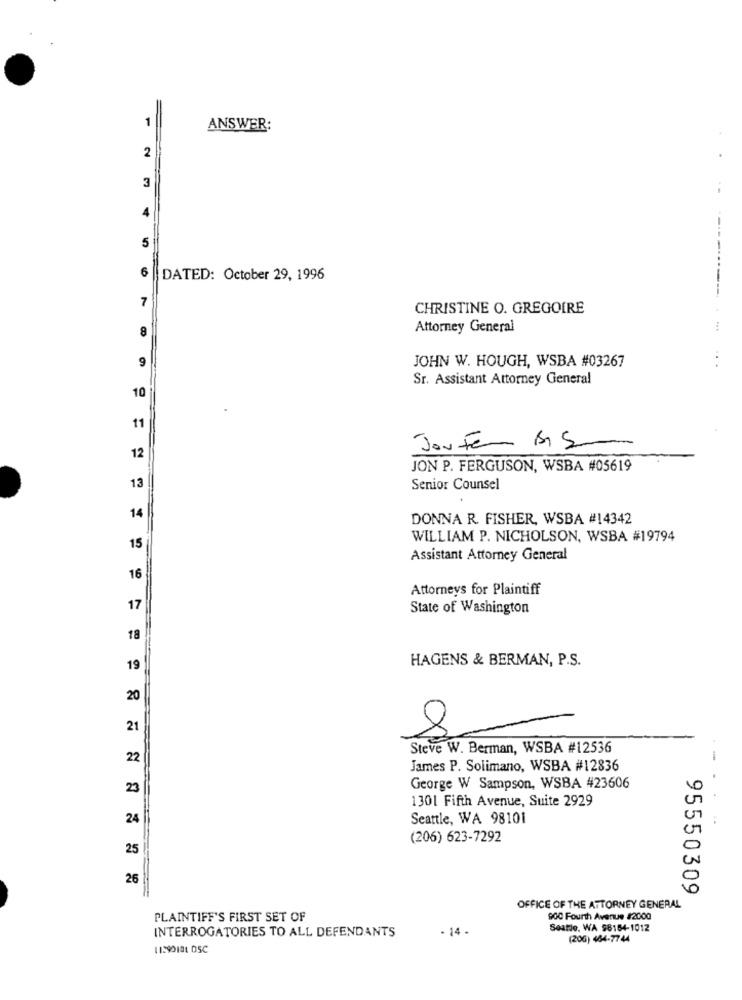
1
ANSWER:
2
3
4
5
6
DATED: October 29, 1996
7
CHRISTINE O. GREGOIRE
Attorney General
----------
8
9
JOHN W. HOUGH, WSBA #03267
Sr. Assistant Attorney General
10
11
JouFem BIS
12
JON P. FERGUSON, WSBA #05619
13
Senior Counsel
14
DONNA R. FISHER, WSBA #14342
WILLIAM P. NICHOLSON, WSBA #19794
15
Assistant Attorney General
16
Attorneys for Plaintiff
17
State of Washington
18
HAGENS & BERMAN, P.S.
19
20
21
8
Steve W. Berman, WSBA #12536
22
-
James P. Solimano, WSBA #12836
.
23
George W Sampson, WSBA #23606
1301 Fifth Avenue, Suite 2929
24
Seattle, WA 98101
(206) 623-7292
25
26
95550309
OFFICE OF THE ATTORNEY GENERAL
PLAINTIFF'S FIRST SET OF
900 Fourth Avenue #2000
- 14 .
Seatle. WA 96164-1012
INTERROGATORIES TO ALL DEFENDANTS
(206) 464-7744
11290181 DSC